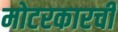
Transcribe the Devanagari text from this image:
मोटरकारची